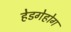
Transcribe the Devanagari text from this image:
हेडगेहोग